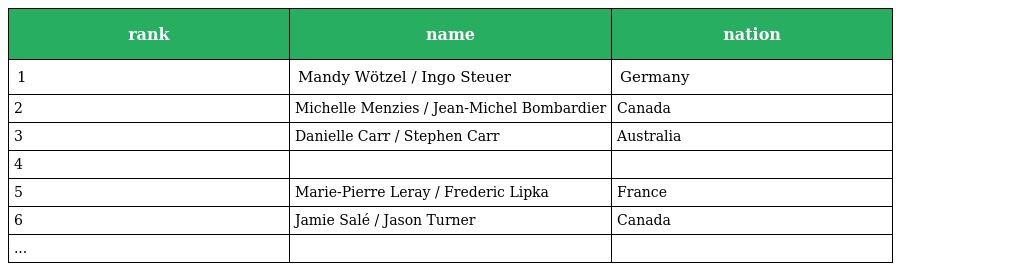
| rank | name | nation |
 | --- | --- | --- |
 | 1 | Mandy Wötzel / Ingo Steuer | Germany |
 | 2 | Michelle Menzies / Jean-Michel Bombardier | Canada |
 | 3 | Danielle Carr / Stephen Carr | Australia |
 | 4 |  |  |
 | 5 | Marie-Pierre Leray / Frederic Lipka | France |
 | 6 | Jamie Salé / Jason Turner | Canada |
 | ... |  |  |